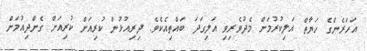
އަހަރެންގެ ހަޔާތް އަލިކުރުމަށް މެދުވެރިވި އަލިގަދަ ބައްތިއެކެވެ. ދިރިއުޅުން ކުރިއަށް ކުރިއަށް ގެންދިއުމަށް